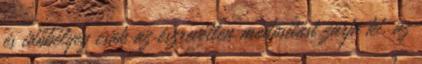
és időbélyeg csak az észrevétlen módosítást zárja ki, az